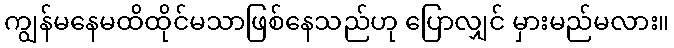
ကျွန်မနေမထိထိုင်မသာဖြစ်နေသည်ဟု ပြောလျှင် မှားမည်မလား။